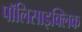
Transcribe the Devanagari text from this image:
पॉलिसाइक्लिक